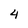
Character: 4